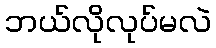
ဘယ်လိုလုပ်မလဲ